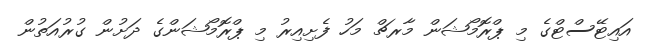
އައިިޓޭސްޓްގެ މި ޕްރޮމޯޝަން މާރޗް މަހު ފެށިއިރު މި ޕްރޮމޯޝަންގެ ދަށުން ގުރުއަތުން